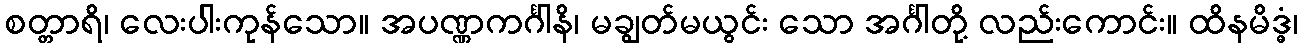
စတ္တာရိ၊ လေးပါးကုန်သော။ အပဏ္ဏကင်္ဂါနိ၊ မချွတ်မယွင်း သော အင်္ဂါတို့ လည်းကောင်း။ ထိနမိဒ္ဓံ၊